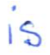
Text: is
Cross-out: clean
Writing tool: ballpoint